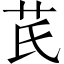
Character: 芪